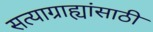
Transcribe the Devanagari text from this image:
सत्याग्राह्यांसाठी